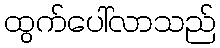
ထွက်ပေါ်လာသည်